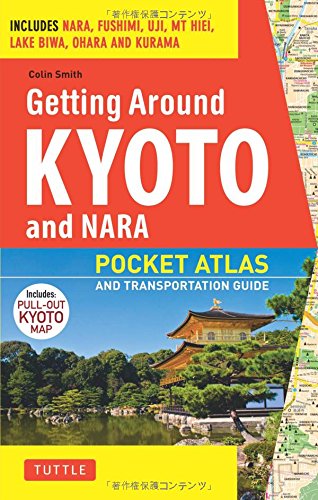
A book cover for Getting Around Kyoto and Nara: Pocket Atlas and Transportation Guide; Includes Nara, Fushimi, Uji, Mt Hiei, Lake Biwa, Ohara and Kurama; Colin Smith; Travel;